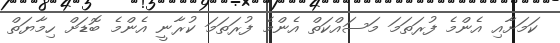
ކަމަށާއި އެންމެ ފުރަތަމަ މަސައްކަތް އެންމެ ފުރަތަމަ ކުރާނީ އެންމެ ބޮޑަށް ހިމާޔަތް